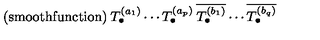
{ \mathrm { ( s m o o t h f u n c t i o n ) } } \: T _ { \bullet } ^ { ( a _ { 1 } ) } \cdots T _ { \bullet } ^ { ( a _ { p } ) } \: \overline { { T _ { \bullet } ^ { ( b _ { 1 } ) } } } \cdots \overline { { T _ { \bullet } ^ { ( b _ { q } ) } } }